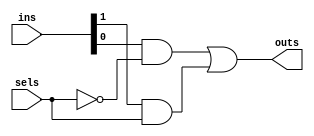
`timescale 1ns / 1ps

module mux2to1_s(ins,sels,outs);
    input [1:0] ins ; input sels;
    output outs ;
    wire t1,t2,t3;
    
    not G1 (t1,sels);
    and G2 (t2,ins[0],t1);
    and G3 (t3,ins[1],sels);
    or G4  (outs,t2,t3); 
endmodule